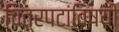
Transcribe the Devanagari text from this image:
चित्रपटांविषयी